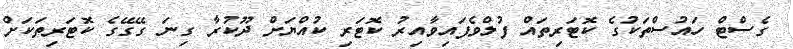
ގެސްޓް ހައުސްތަކުގެ ކޮޓަރިތައް ފުލްވެފައިވާއިރު ކޮޓަރި ކުއްޔަށް ދޫކުރާ ގިނަ ގޭގޭގެ ކޮޓަރިތަކަށް